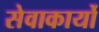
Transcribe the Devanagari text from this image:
सेवाकार्यो